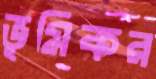
ভূমিকর